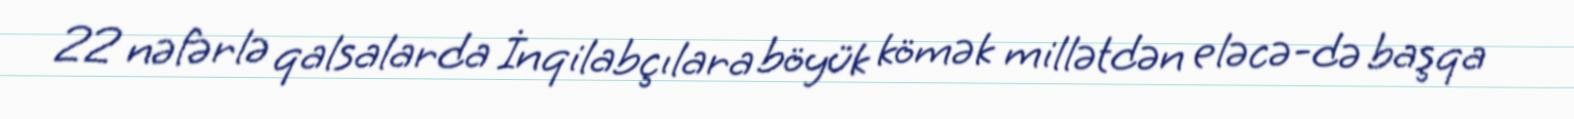
22 nəfərlə qalsalarda İnqilabçılara böyük kömək millətdən eləcə-də başqa